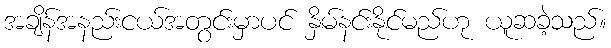
အချိန်အနည်းငယ်အတွင်းမှာပင် နှိမ်နင်းနိုင်မည်ဟု ယူဆခဲ့သည်။